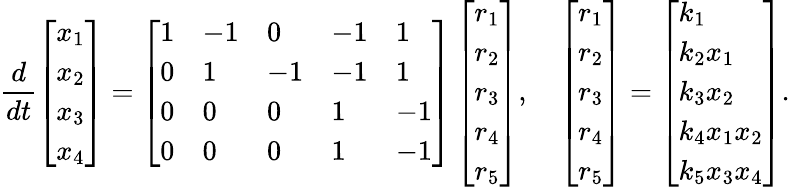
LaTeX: \frac{d}{dt}\left[\begin{array}{l}{x_{1}}\\ {x_{2}}\\ {x_{3}}\\ {x_{4}}\end{array}\right]=\left[\begin{array}{lllll}{1}&{-1}&{0}&{-1}&{1}\\ {0}&{1}&{-1}&{-1}&{1}\\ {0}&{0}&{0}&{1}&{-1}\\ {0}&{0}&{0}&{1}&{-1}\end{array}\right]\left[\begin{array}{l}{r_{1}}\\ {r_{2}}\\ {r_{3}}\\ {r_{4}}\\ {r_{5}}\end{array}\right],\quad\left[\begin{array}{l}{r_{1}}\\ {r_{2}}\\ {r_{3}}\\ {r_{4}}\\ {r_{5}}\end{array}\right]=\left[\begin{array}{l}{k_{1}}\\ {k_{2}x_{1}}\\ {k_{3}x_{2}}\\ {k_{4}x_{1}x_{2}}\\ {k_{5}x_{3}x_{4}}\end{array}\right].